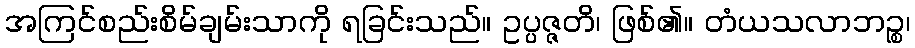
အကြင်စည်းစိမ်ချမ်းသာကို ရခြင်းသည်။ ဥပ္ပဇ္ဇတိ၊ ဖြစ်၏။ တံယသလာဘဉ္စ၊